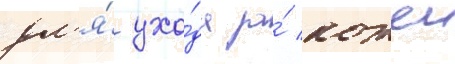
дл'я́ ухо́да за́ кожеи